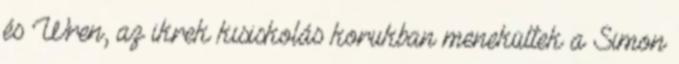
és Wren, az ikrek kisiskolás korukban menekültek a Simon